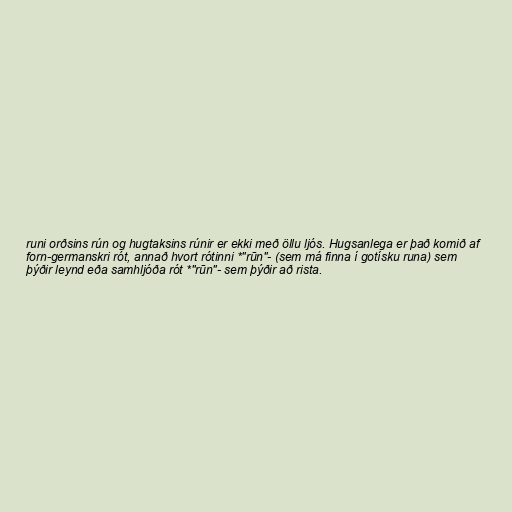
runi orðsins rún og hugtaksins rúnir er ekki með öllu ljós. Hugsanlega er það komið af
forn-germanskri rót, annað hvort rótinni *"rūn"- (sem má finna í gotísku runa) sem
þýðir leynd eða samhljóða rót *"rūn"- sem þýðir að rista.